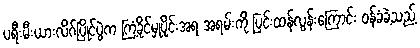
ပရီးမီးယားလိဂ်ပြိုင်ပွဲက ကြံ့ခိုင်မှုပိုင်းအရ အရမ်းကို ပြင်းထန်လွန်းကြောင်း ဝန်ခံခဲ့သည့်